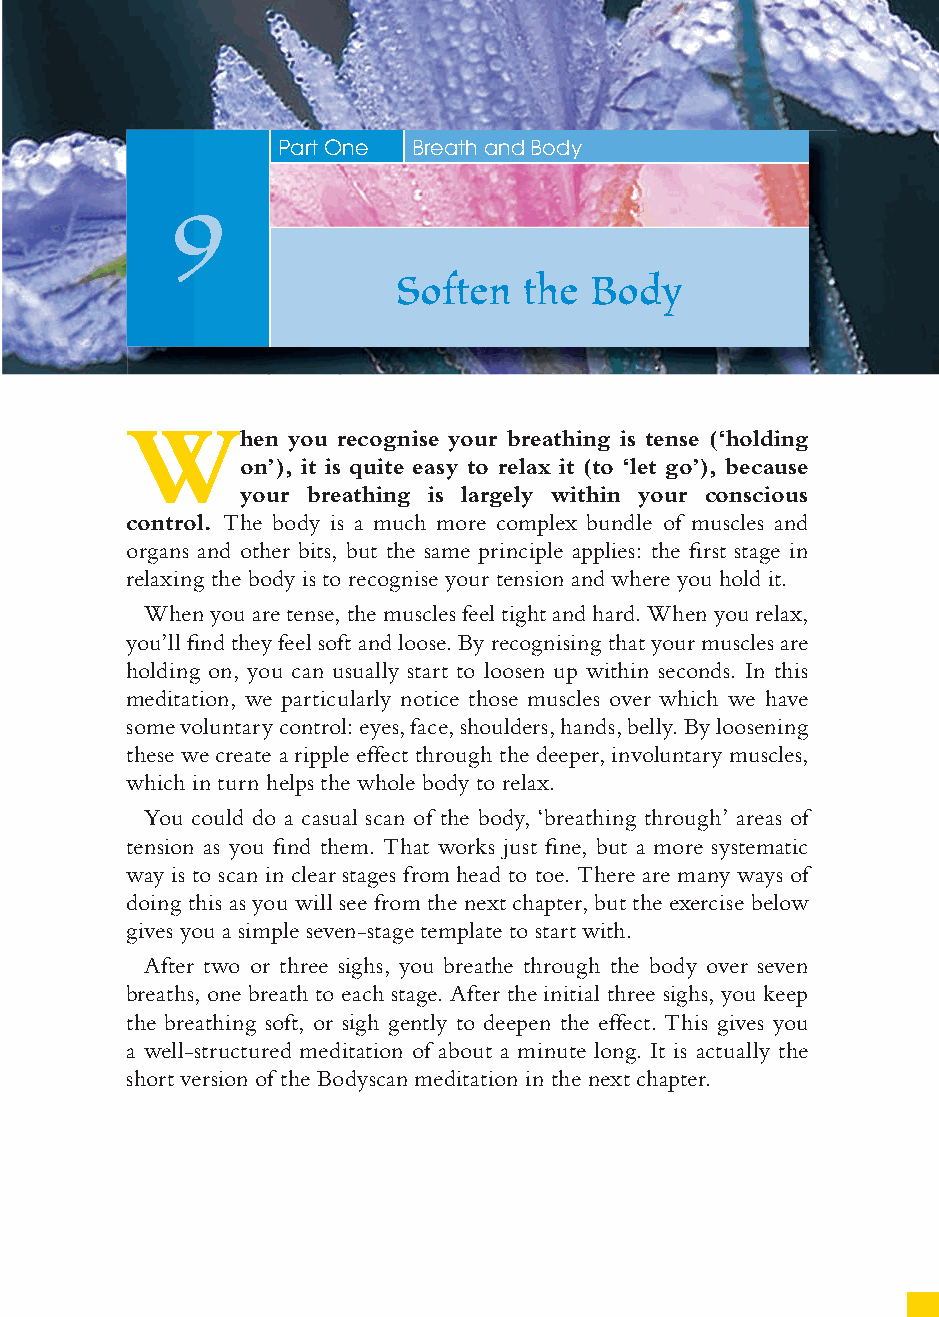
43
 Part One Breath and Body
 9
 Soften  the  Body
 W
 hen you recognise your breathing is tense (‘holding
 on’), it is quite easy to relax it (to ‘let go’), because
 your breathing is largely within your conscious
 control. The body is a much more complex bundle of muscles and
 organs and other bits, but the same principle applies: the fi rst stage in
 relaxing the body is to recognise your tension and where you hold it.
 When you are tense, the muscles feel tight and hard. When you relax,
 you’ll fi nd they feel soft and loose. By recognising that your muscles are
 holding on, you can usually start to loosen up within seconds. In this
 meditation, we particularly notice those muscles over which we have
 some voluntary control: eyes, face, shoulders, hands, belly. By loosening
 these we create a ripple effect through the deeper, involuntary muscles,
 which in turn helps the whole body to relax.
 You could do a casual scan of the body, ‘breathing through’ areas of
 tension as you fi nd them. That works just fi ne, but a more systematic
 way is to scan in clear stages from head to toe. There are many ways of
 doing this as you will see from the next chapter, but the exercise below
 gives you a simple seven-stage template to start with.
 After two or three sighs, you breathe through the body over seven
 breaths, one breath to each stage. After the initial three sighs, you keep
 the breathing soft, or sigh gently to deepen the effect. This gives you
 a well-structured meditation of about a minute long. It is actually the
 short version of the Bodyscan meditation in the next chapter.
 ffiivvee__220000667788..iinndddd SSeecc11::4477     3300//55//0055 55::0033::5533 PPMM